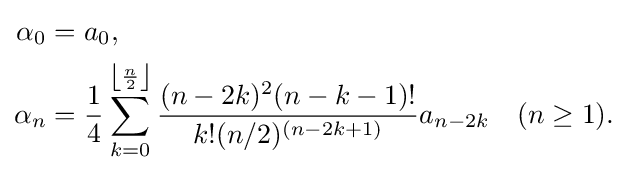
{\begin{aligned}\alpha _{0}&=a_{0},\\\alpha _{n}&={\frac {1}{4}}\sum _{k=0}^{\left\lfloor {\frac {n}{2}}\right\rfloor }{\frac {(n-2k)^{2}(n-k-1)!}{k!(n/2)^{(n-2k+1)}}}a_{n-2k}\quad (n\geq 1).\end{aligned}}